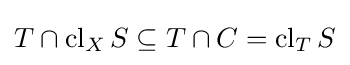
T\cap \operatorname {cl} _{X}S\subseteq T\cap C=\operatorname {cl} _{T}S